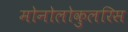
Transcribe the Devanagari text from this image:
मोनोलोकुलरिस